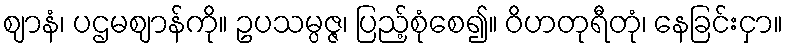
ဈာနံ၊ ပဌမဈာန်ကို။ ဥပသမ္ပဇ္ဇ၊ ပြည့်စုံစေ၍။ ဝိဟတုရီတုံ၊ နေခြင်းငှာ။